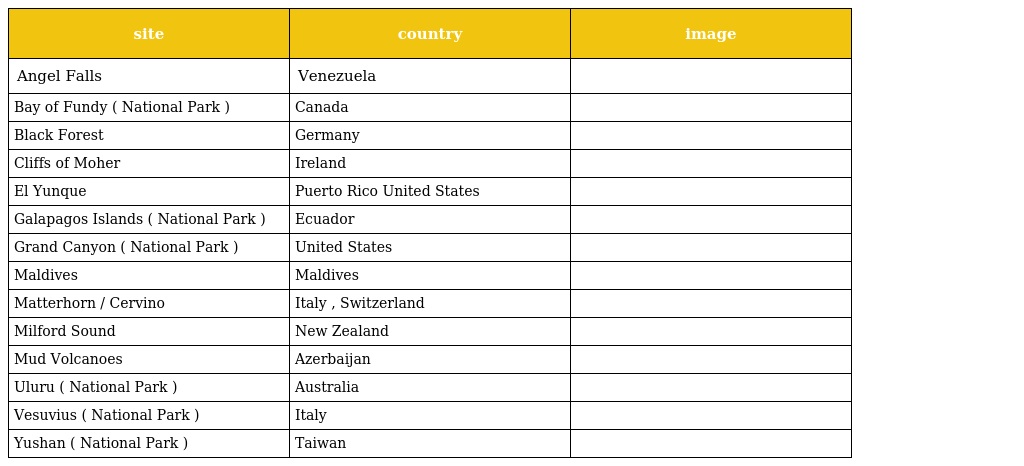
| site | country | image |
 | --- | --- | --- |
 | Angel Falls | Venezuela |  |
 | Bay of Fundy ( National Park ) | Canada |  |
 | Black Forest | Germany |  |
 | Cliffs of Moher | Ireland |  |
 | El Yunque | Puerto Rico United States |  |
 | Galapagos Islands ( National Park ) | Ecuador |  |
 | Grand Canyon ( National Park ) | United States |  |
 | Maldives | Maldives |  |
 | Matterhorn / Cervino | Italy , Switzerland |  |
 | Milford Sound | New Zealand |  |
 | Mud Volcanoes | Azerbaijan |  |
 | Uluru ( National Park ) | Australia |  |
 | Vesuvius ( National Park ) | Italy |  |
 | Yushan ( National Park ) | Taiwan |  |